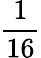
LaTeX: \frac{1}{16}